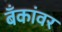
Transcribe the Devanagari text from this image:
बँकांवर